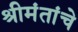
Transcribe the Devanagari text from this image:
श्रीमंतांचे